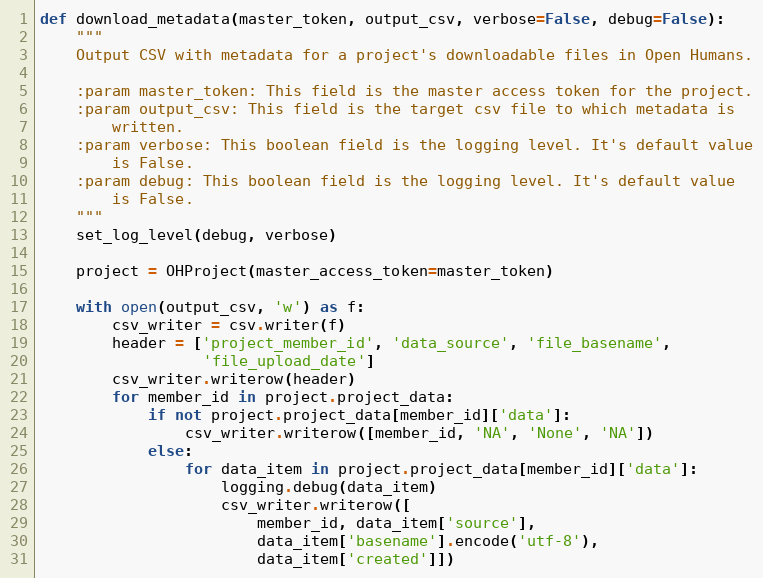
Language: Python
def download_metadata(master_token, output_csv, verbose=False, debug=False):
    """
    Output CSV with metadata for a project's downloadable files in Open Humans.

    :param master_token: This field is the master access token for the project.
    :param output_csv: This field is the target csv file to which metadata is
        written.
    :param verbose: This boolean field is the logging level. It's default value
        is False.
    :param debug: This boolean field is the logging level. It's default value
        is False.
    """
    set_log_level(debug, verbose)

    project = OHProject(master_access_token=master_token)

    with open(output_csv, 'w') as f:
        csv_writer = csv.writer(f)
        header = ['project_member_id', 'data_source', 'file_basename',
                  'file_upload_date']
        csv_writer.writerow(header)
        for member_id in project.project_data:
            if not project.project_data[member_id]['data']:
                csv_writer.writerow([member_id, 'NA', 'None', 'NA'])
            else:
                for data_item in project.project_data[member_id]['data']:
                    logging.debug(data_item)
                    csv_writer.writerow([
                        member_id, data_item['source'],
                        data_item['basename'].encode('utf-8'),
                        data_item['created']])